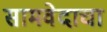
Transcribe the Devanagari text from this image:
सामवेदाचा